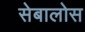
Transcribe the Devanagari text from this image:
सेबालोस